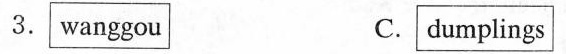
3.wanggou C.dumplings